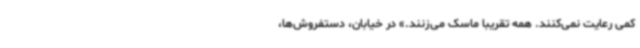
کمی رعایت نمی‌کنند. همه تقریبا ماسک می‌زنند.» در خیابان، دستفروش‌ها،